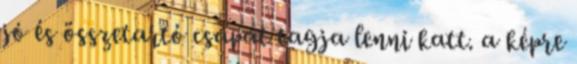
jó és összetartó csapat tagja lenni katt. a képre